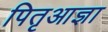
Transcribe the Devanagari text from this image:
पितृआज्ञा